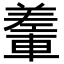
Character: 䡨